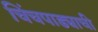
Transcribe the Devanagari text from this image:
चिंचपाड्याची